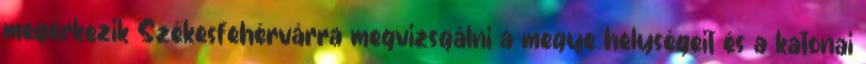
megérkezik Székesfehérvárra megvizsgálni a megye helységeit és a katonai